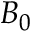
B _ { 0 }